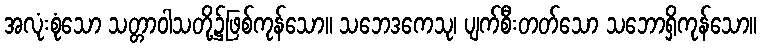
အလုံးစုံသော သတ္တာဝါသတို့၌ဖြစ်ကုန်သော။ သဘေဒကေသု၊ ပျက်စီးတတ်သော သဘောရှိကုန်သော။